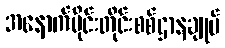
အနောက်ပိုင်းတိုင်းစစ်ဌာနချုပ်